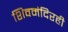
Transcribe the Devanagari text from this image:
शिवमंदिरही